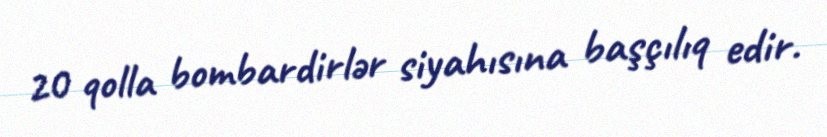
20 qolla bombardirlər siyahısına başçılıq edir.